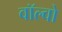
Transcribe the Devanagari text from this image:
वॉल्‍वो